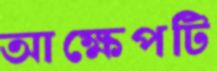
আক্ষেপটি